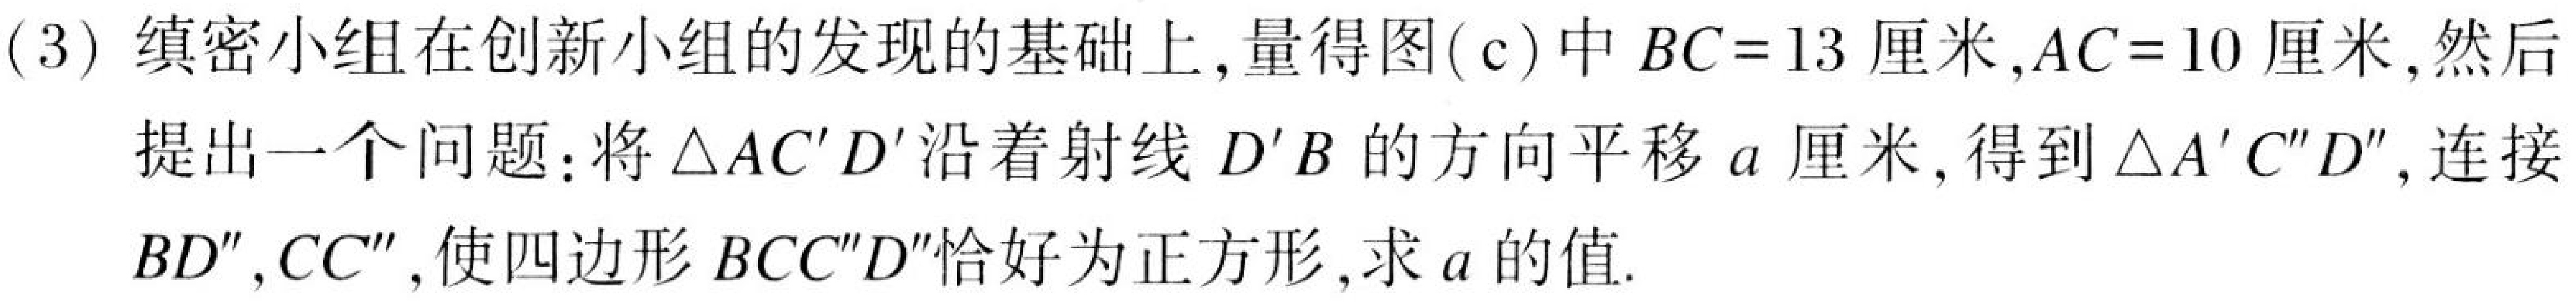
(3) 缜密小组在创新小组的发现的基础上,量得图(c)中 \(BC = 13\) 厘米,\(AC = 10\) 厘米,然后
提出一个问题：将 \(\triangle AC'D'\) 沿着射线 \(D'B\) 的方向平移 \(a\) 厘米,得到 \(\triangle A'C''D''\),连接
\(BD'',CC''\),使四边形 \(BCC''D''\) 恰好为正方形,求 \(a\) 的值.